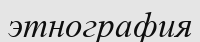
этнография